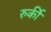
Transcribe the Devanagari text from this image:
रुर्की